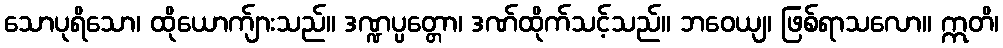
သောပုရိသော၊ ထိုယောက်ျားသည်။ ဒဏ္ဍပ္ပတ္တော၊ ဒဏ်ထိုက်သင့်သည်။ ဘဝေယျ၊ ဖြစ်ရာသလော။ ဣတိ၊